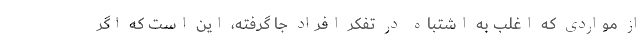
از مواردی که اغلب به اشتباه در تفکر افراد جا گرفته، این است که اگر